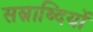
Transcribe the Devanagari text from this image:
सस्राब्दियों